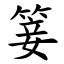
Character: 䈉